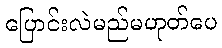
ပြောင်းလဲမည်မဟုတ်ပေ